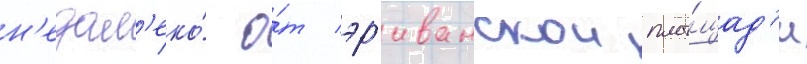
н'едал'еко́ о́т эр'иванскои пло́щад'и